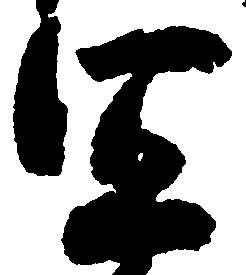
宜